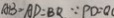
A B = A D = B Q \because P D = Q